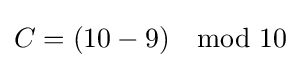
C=(10-9)\mod 10